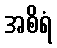
အစိရံ